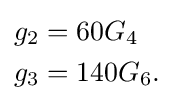
{\begin{aligned}g_{2}&=60G_{4}\\g_{3}&=140G_{6}.\end{aligned}}